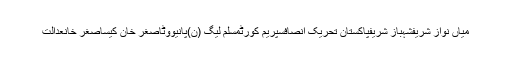
میاں نواز شریفشہباز شریفپاکستان تحریک انصافسپریم کورٹمسلم لیگ (ن)پانیووٹاصغر خان کیساصغر خانعدالت